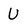
Character: U